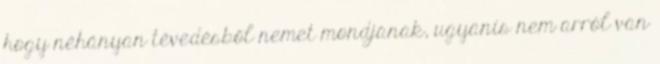
hogy néhányan tévedésből nemet mondjanak, ugyanis nem arról van